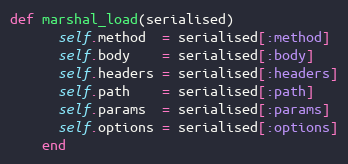
Language: Ruby
def marshal_load(serialised)
      self.method  = serialised[:method]
      self.body    = serialised[:body]
      self.headers = serialised[:headers]
      self.path    = serialised[:path]
      self.params  = serialised[:params]
      self.options = serialised[:options]
    end